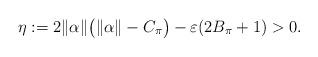
LaTeX: \begin{align*} \eta := 2\|\alpha\|\bigl(\|\alpha\| - C_{\pi}\bigr) - \varepsilon ( 2B_{\pi} + 1 ) > 0.\end{align*}